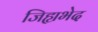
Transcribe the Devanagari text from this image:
जिह्यभेद